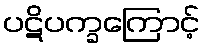
ပဋိပက္ခကြောင့်